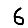
Digit: 6